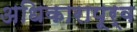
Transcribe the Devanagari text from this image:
अधिकारापूर्व